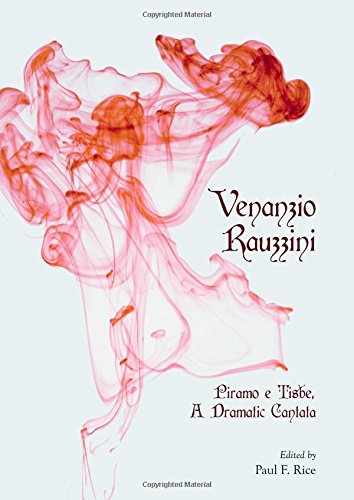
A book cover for Venanzio Rauzzini: Piramo E Tisbe a Dramatic Cantata; Paul F. Rice; Arts & Photography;